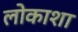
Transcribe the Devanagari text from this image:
लोकाशा